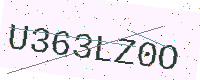
Text: U363LZ0O